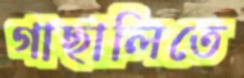
গাছালিতে